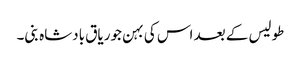
طولیس کے بعد اس کی بہن جوریاق بادشاہ بنی۔